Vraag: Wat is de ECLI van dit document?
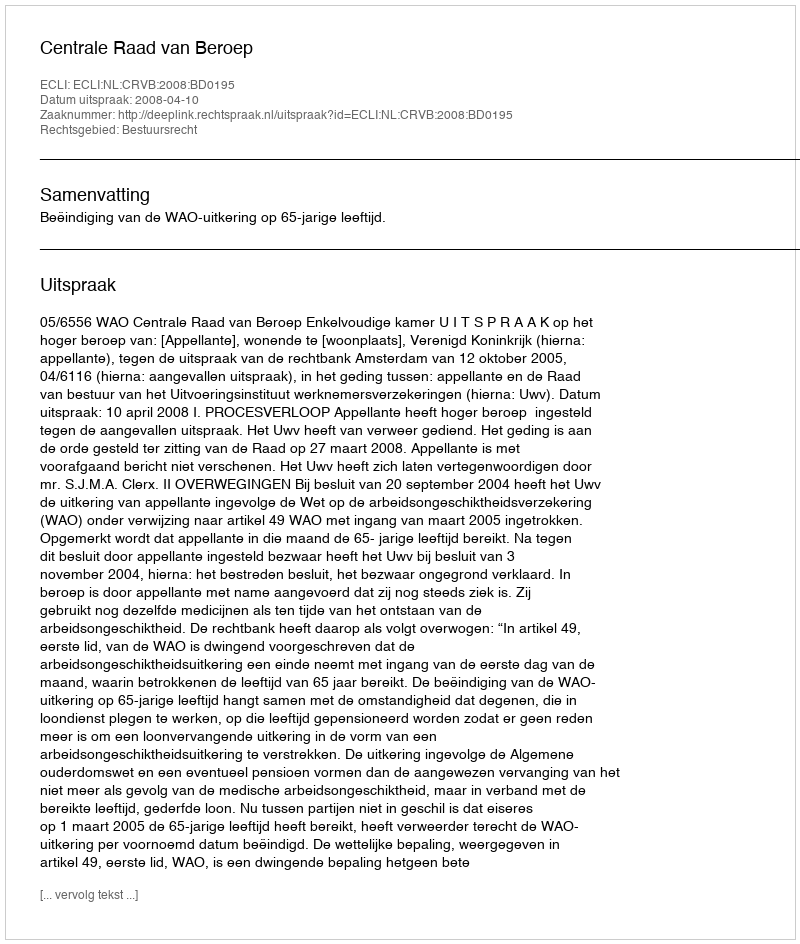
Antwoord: ECLI:NL:CRVB:2008:BD0195